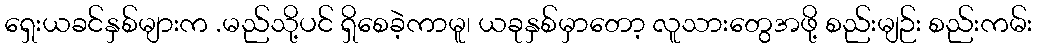
ရှေးယခင်နှစ်များက .မည်သို့ပင် ရှိစေခဲ့ကာမူ၊ ယခုနှစ်မှာတော့ လူသားတွေအဖို့ စည်းမျဉ်း စည်းကမ်း